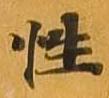
性